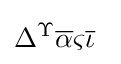
\Delta ^{\Upsilon }{\overline {\alpha }}\varsigma {\overline {\iota }}\,\;